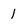
Character: 1